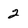
Character: 2